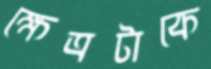
ক্ষেত্রটাকে